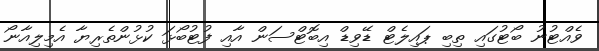
ވެއްޓުނު ބޯޓުގައި ތިބި ޕައިލެޓް ޑޭވިޑް އިބޮޓްސަން އާއި ފުޓުބޯޅަ ކުޅުންތެރިޔާ އެމިލިއާނޯ